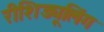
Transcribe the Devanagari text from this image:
रीशिड्यूलिंग